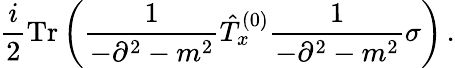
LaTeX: \frac{i}{2}\mathrm{Tr}\left(\frac{1}{-\partial^{2}-m^{2}}\hat{T}_{x}^{(0)}\frac{1}{-\partial^{2}-m^{2}}\sigma\right)\, .